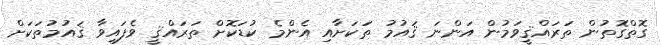
ގޮތްގޮތުން ތަރައްޤީވަމުން އަންނަ ޤައުމު ތަކަށާއި އެންމެ ކުޑަކޮށް ތަރައްޤީ ވެފައިވާ ޤައުމުތަކަށް